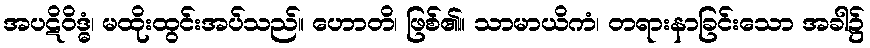
အပဋိဝိဒ္ဓံ၊ မထိုးထွင်းအပ်သည်။ ဟောတိ၊ ဖြစ်၏။ သာမာယိကံ၊ တရားနာခြင်းသော အခါ၌